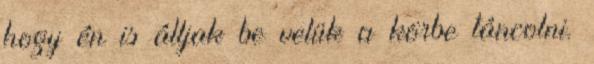
hogy én is álljak be velük a körbe táncolni.